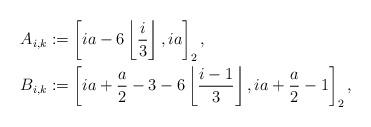
LaTeX: \begin{align*}A_{i,k} & := \left[ i a - 6 \left\lfloor \frac{i}{3} \right\rfloor, i a \right]_2,\\B_{i,k} & := \left[ i a + \frac{a}{2} - 3 - 6 \left\lfloor \frac{i-1}{3} \right\rfloor, i a + \frac{a}{2} - 1 \right]_2,\end{align*}